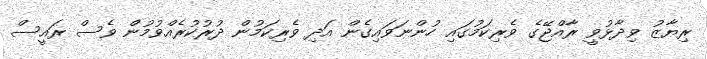
ރިޔާޒު ވިދާޅުވީ ރާއްޖޭގެ ވެރިކަމުގައި ހުންނަވައިގެން އަދި ވެރިކަމުން ދުރުކުރެއްވުމުން ވެސް ރައީސް